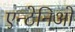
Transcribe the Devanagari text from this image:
एन्टेनिओ